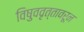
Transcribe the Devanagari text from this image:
विषुववृत्तावरून